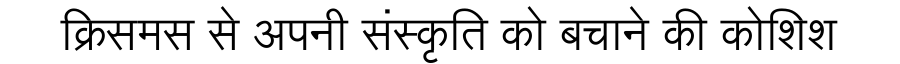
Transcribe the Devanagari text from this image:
क्रिसमस से अपनी संस्कृति को बचाने की कोशिश